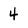
Character: 4